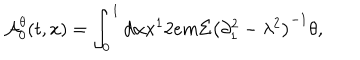
{ \cal A } _ { 0 } ^ { \theta } ( t , x ) = \int _ { 0 } ^ { 1 } { d \alpha x ^ { 1 } } 2 e m \Sigma \left( { \partial _ { 1 } ^ { 2 } - \lambda ^ { 2 } } \right) ^ { - 1 } \theta ,